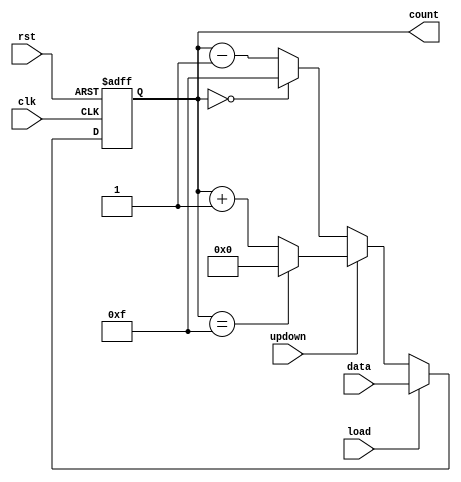
//.............4-bit UpDown counter.................

module up_down_counter(clk,rst,load,updown,data,count);
input clk,rst,load,updown;
input [3:0]data;
output reg [3:0]count;

always @(posedge clk or posedge rst)
begin

//.........RESEt = 1'b1.........
if(rst) 
count <= 4'b0000;

//..........Load = 1 ,the data should be load into the counter........
else if (load)
count <= data;

//..........if updown= 1 the counter will acts as upcounter.........
else if (updown)
begin
 if(count == 4'b1111)
   count <= 4'b0000;
 else
   count <= count + 1'b1;
end
//..........updown = 0 the counter will acts as downcounter.........
else
begin
 if(count == 4'b0000)
  count <= 4'b1111;
 else
  count <= count - 1'b1;
end
end
endmodule